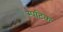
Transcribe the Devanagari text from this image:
स्पटिक